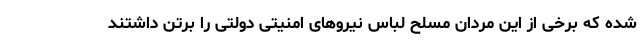
شده که برخی از این مردان مسلح لباس نیروهای امنیتی دولتی را برتن داشتند